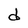
Character: d